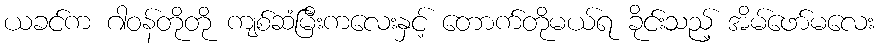
ယခင်က ဂါဝန်တိုတို ကျစ်ဆံမြီးကလေးနှင့် တောက်တိုမယ်ရ ခိုင်းသည့် အိမ်ဖော်မလေး